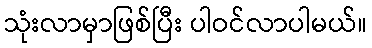
သုံးလာမှာဖြစ်ပြီး ပါဝင်လာပါမယ်။